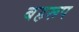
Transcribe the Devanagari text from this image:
बहरूप